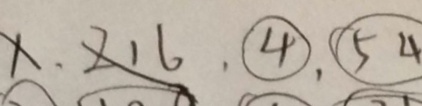
1 , 2 1 6 , \textcircled { 4 } , \textcircled { 5 4 }